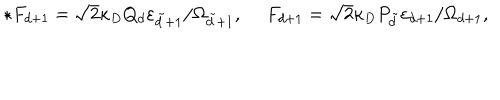
\star F _ { d + 1 } = \sqrt { 2 } \kappa _ { D } Q _ { d } \varepsilon _ { \tilde { d } + 1 } / \Omega _ { \tilde { d } + 1 } , \ F _ { d + 1 } = \sqrt { 2 } \kappa _ { D } P _ { \tilde { d } } \varepsilon _ { d + 1 } / \Omega _ { d + 1 } ,